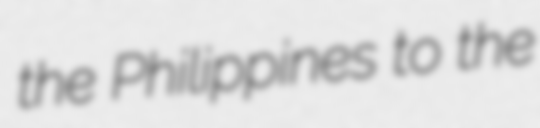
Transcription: the Philippines to the